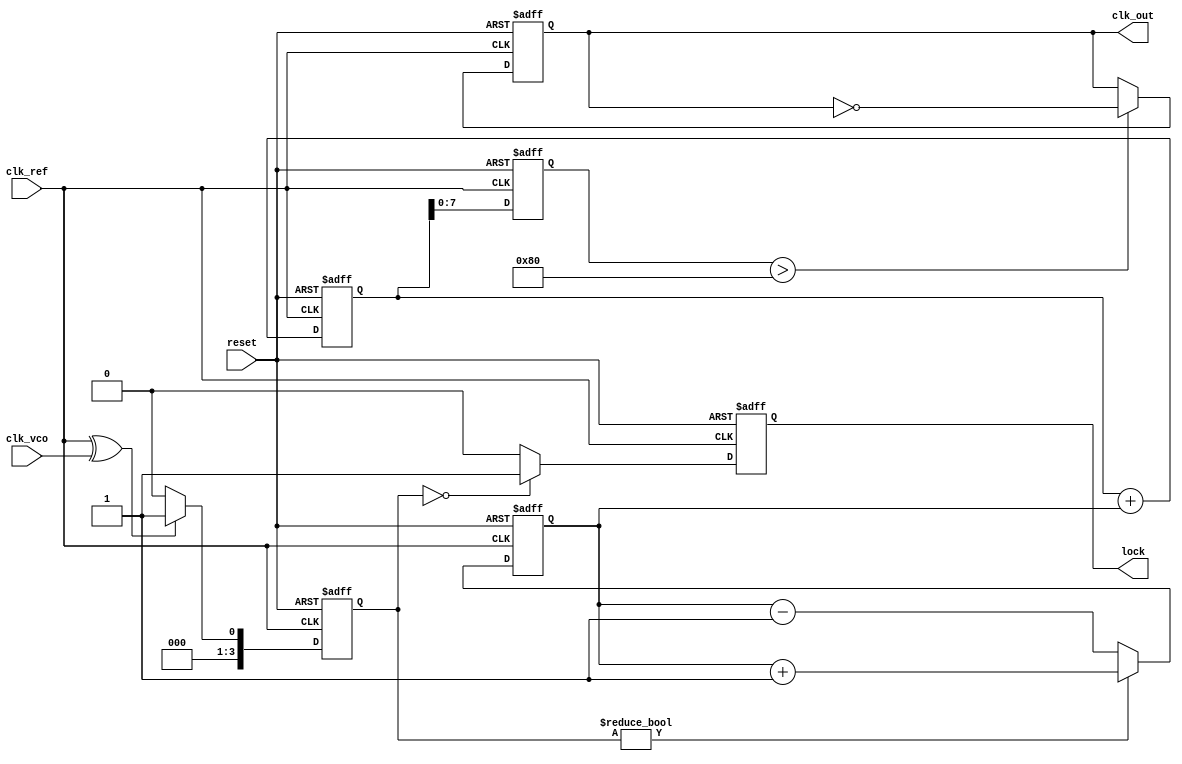
module cp_pll (
    input wire clk_ref,          // Reference clock input
    input wire clk_vco,          // VCO clock input (feedback)
    input wire reset,            // Asynchronous reset
    output reg clk_out,          // Output clock
    output reg lock              // Lock indicator
);

// Parameters
parameter PHASE_DETECTOR_WIDTH = 4; // Width of phase detector output
parameter CHARGE_PUMP_WIDTH = 8;     // Width of charge pump output
parameter VCO_WIDTH = 8;              // Width of VCO control voltage

// Internal signals
reg [PHASE_DETECTOR_WIDTH-1:0] phase_diff; // Phase difference output from PD
reg [CHARGE_PUMP_WIDTH-1:0] charge_pump_out; // Charge pump output
reg [VCO_WIDTH-1:0] vco_control;           // Control voltage for VCO
reg [VCO_WIDTH-1:0] vco_output;            // VCO output frequency
reg [15:0] loop_filter;                     // Loop filter output
reg vco_enable;                             // VCO enable signal

// Phase Detector (PD)
always @(posedge clk_ref or posedge reset) begin
    if (reset) begin
        phase_diff <= 0;
    end else begin
        // Simple XOR phase detector
        phase_diff <= (clk_ref ^ clk_vco) ? 1 : 0;
    end
end

// Charge Pump (CP)
always @(posedge clk_ref or posedge reset) begin
    if (reset) begin
        charge_pump_out <= 0;
    end else begin
        if (phase_diff) begin
            charge_pump_out <= charge_pump_out + 1; // Up
        end else begin
            charge_pump_out <= charge_pump_out - 1; // Down
        end
    end
end

// Loop Filter (simple integrator)
always @(posedge clk_ref or posedge reset) begin
    if (reset) begin
        loop_filter <= 0;
    end else begin
        loop_filter <= loop_filter + charge_pump_out; // Integrate charge pump output
    end
end

// Voltage-Controlled Oscillator (VCO)
always @(posedge clk_ref or posedge reset) begin
    if (reset) begin
        vco_control <= 0;
        vco_output <= 0;
        clk_out <= 0;
        lock <= 0;
    end else begin
        vco_control <= loop_filter; // Control voltage from loop filter
        // Simple VCO behavior: toggle output based on control voltage
        if (vco_control > 128) begin // Arbitrary threshold for frequency
            clk_out <= ~clk_out; // Toggle output clock
        end
        // Lock detection (simple example)
        if (phase_diff == 0) begin
            lock <= 1; // Locked if phase difference is zero
        end else begin
            lock <= 0;
        end
    end
end

endmodule